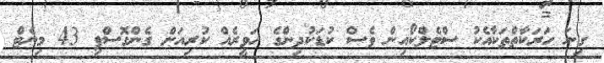
ގިނަ ހަރަކާތްތަކާއެކު ސްޓެލްކޯއިން ވެސް ކުޑަކުދިންގެ ހަވީރެއް ކުރިއަށް ގެންގޮސްފި 43 މިނެޓް